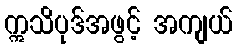
ဣသိပုဒ်အဖွင့် အကျယ်